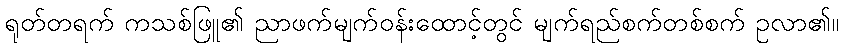
ရုတ်တရက် ကသစ်ဖြူ၏ ညာဖက်မျက်ဝန်းထောင့်တွင် မျက်ရည်စက်တစ်စက် ဥလာ၏။